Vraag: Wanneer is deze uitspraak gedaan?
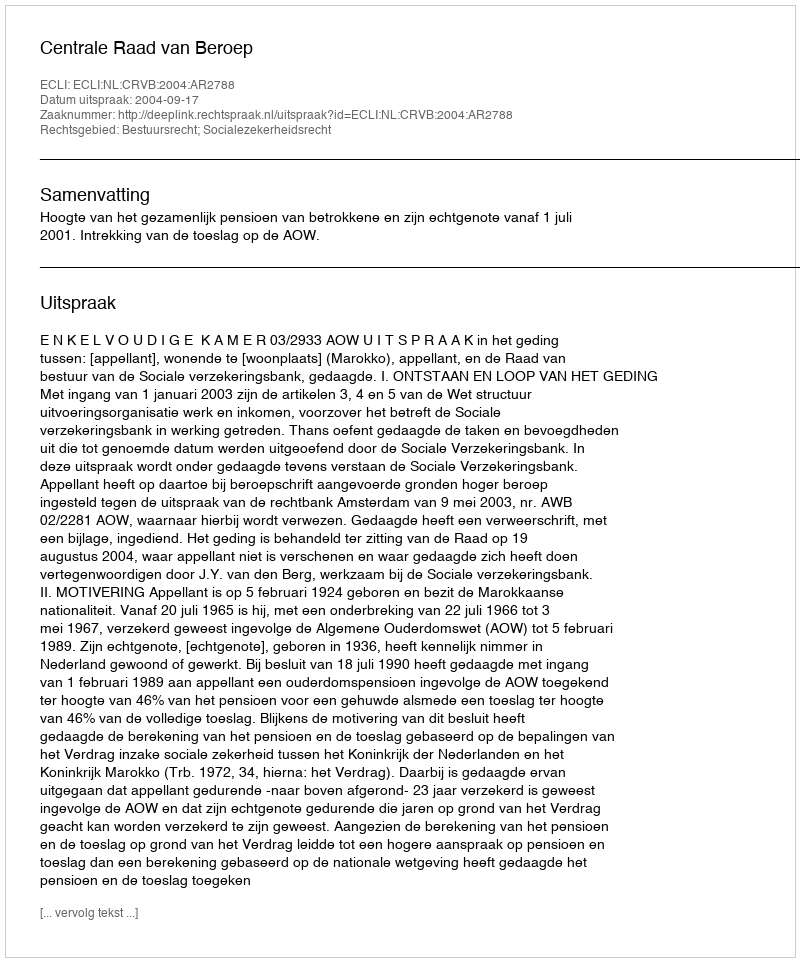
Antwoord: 2004-09-17